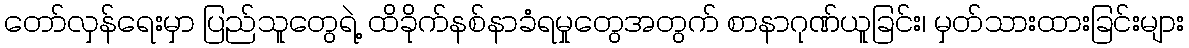
တော်လှန်ရေးမှာ ပြည်သူတွေရဲ့ ထိခိုက်နစ်နာခံရမှုတွေအတွက် စာနာဂုဏ်ယူခြင်း၊ မှတ်သားထားခြင်းများ